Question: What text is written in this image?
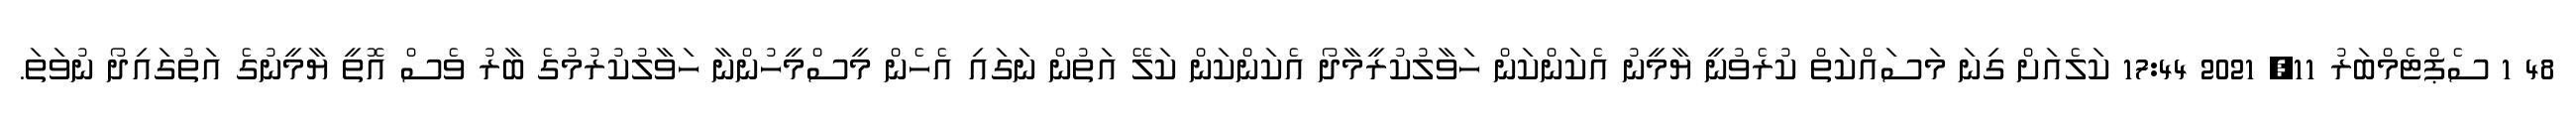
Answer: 48 1 ސެޕްޓެމްބަރު 11, 2021 17:44 ކަލެއަށް ގިނަ މަސައްކަތް ކުރެވުނީ ޔާމީނު އެކަންކަން ހަވާލުކުރީމާދޯ އެކަންކަން ކަލޭ އަތުން ނަގައި އެހެން މީސްމީހުންނާ ހަވާލުކުރުމުގެ ބާރު ވެސް އޮތީ ޔާމީނުގެ އަތުގައިދޯ ނުވަތަ.